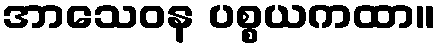
အာသေဝန ပစ္စယကထာ။